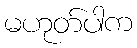
မဟုတ်ပါက